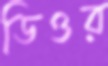
ডিওর